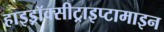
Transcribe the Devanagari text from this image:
हाइड्रॉक्सीट्राइप्टामाइन